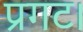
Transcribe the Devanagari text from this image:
प्रगट।